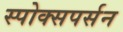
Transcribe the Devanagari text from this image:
स्पोक्सपर्सन